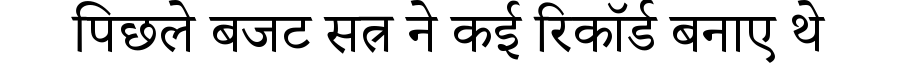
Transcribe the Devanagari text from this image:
पिछले बजट सत्र ने कई रिकॉर्ड बनाए थे